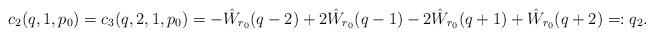
LaTeX: \begin{align*}c_2(q,1,p_0) = c_3(q,2,1,p_0) = -\hat W_{r_0}(q-2) +2\hat W_{r_0}(q-1)-2\hat W_{r_0}(q+1) + \hat W_{r_0}(q+2) =: q_2.\end{align*}